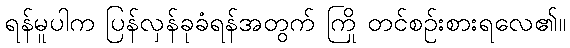
ရန်မူပါက ပြန်လှန်ခုခံရန်အတွက် ကြို တင်စဉ်းစားရလေ၏။